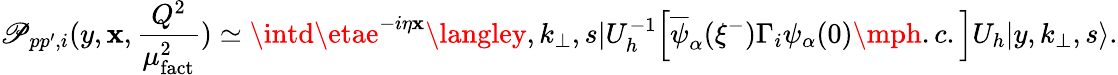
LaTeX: {\cal\mathscr{P}}_{pp^{\prime},i}(y,\mathbf{x},{\frac{{Q^{2}}}{{\mu_{\mathrm{{fact}}}^{2}}}})\simeq\intd\etae^{-i\eta\mathbf{x}}\langley,k_{\bot},s|U_{h}^{-1}\Big[\overline{{{{\psi}}}}_{\alpha}(\xi^{-})\Gamma_{i}\psi_{\alpha}(0)\mph.c.\Big]U_{h}|y,k_{\bot},s\rangle.